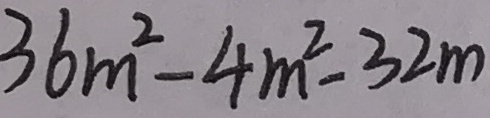
3 6 m ^ { 2 } - 4 m ^ { 2 } - 3 2 m